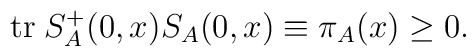
{\rm tr}\; S_A^+(0,x) S_A(0,x) \equiv \pi_A(x) \geq 0 .